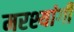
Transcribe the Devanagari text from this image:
मरश्यांगी